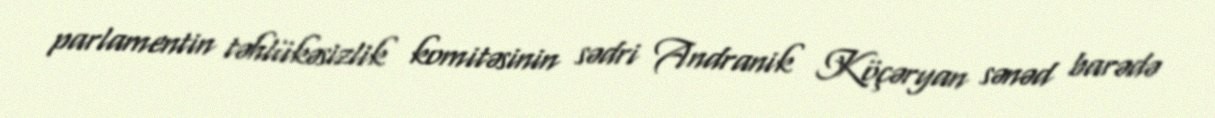
parlamentin təhlükəsizlik komitəsinin sədri Andranik Köçəryan sənəd barədə